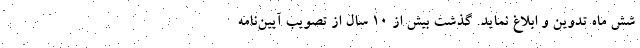
شش ماه تدوین و ابلاغ نماید. گذشت بیش از ۱۰ سال از تصویب آیین‌نامه